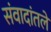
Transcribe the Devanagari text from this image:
संवादांतले